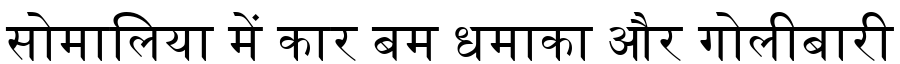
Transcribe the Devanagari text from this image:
सोमालिया में कार बम धमाका और गोलीबारी